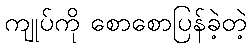
ကျုပ်ကို စောစောပြန်ခဲ့တဲ့